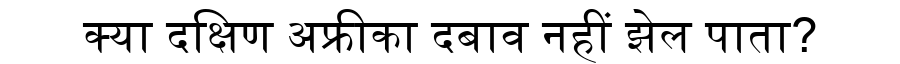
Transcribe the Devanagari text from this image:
क्या दक्षिण अफ्रीका दबाव नहीं झेल पाता?